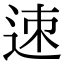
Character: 𨒪